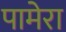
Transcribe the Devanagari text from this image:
पामेरा